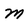
Character: m